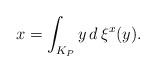
LaTeX: \begin{align*}x=\int_{K_P}y\,d\,\xi^x(y).\end{align*}